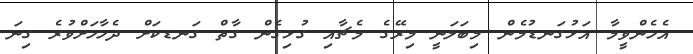
އެހެންވީމާ އަޅުގަނޑުމެން މިބަލަނީ މިރޭގެ މެޗާއި ގުޅިގެން ގާތް ގަނޑކަށް ދެހާހަށްވުރެ ގިނަ